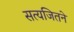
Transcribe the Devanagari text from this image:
सत्यजितने